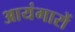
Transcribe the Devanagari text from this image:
आयंगारों